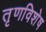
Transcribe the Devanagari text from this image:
तृणविशेष